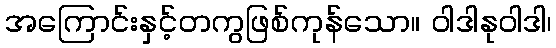
အကြောင်းနှင့်တကွဖြစ်ကုန်သော။ ဝါဒါနုဝါဒါ၊